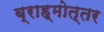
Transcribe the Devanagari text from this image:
ब्राह्मोत्तर